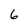
Character: 6